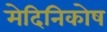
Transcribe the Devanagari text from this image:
मेदिनिकोष